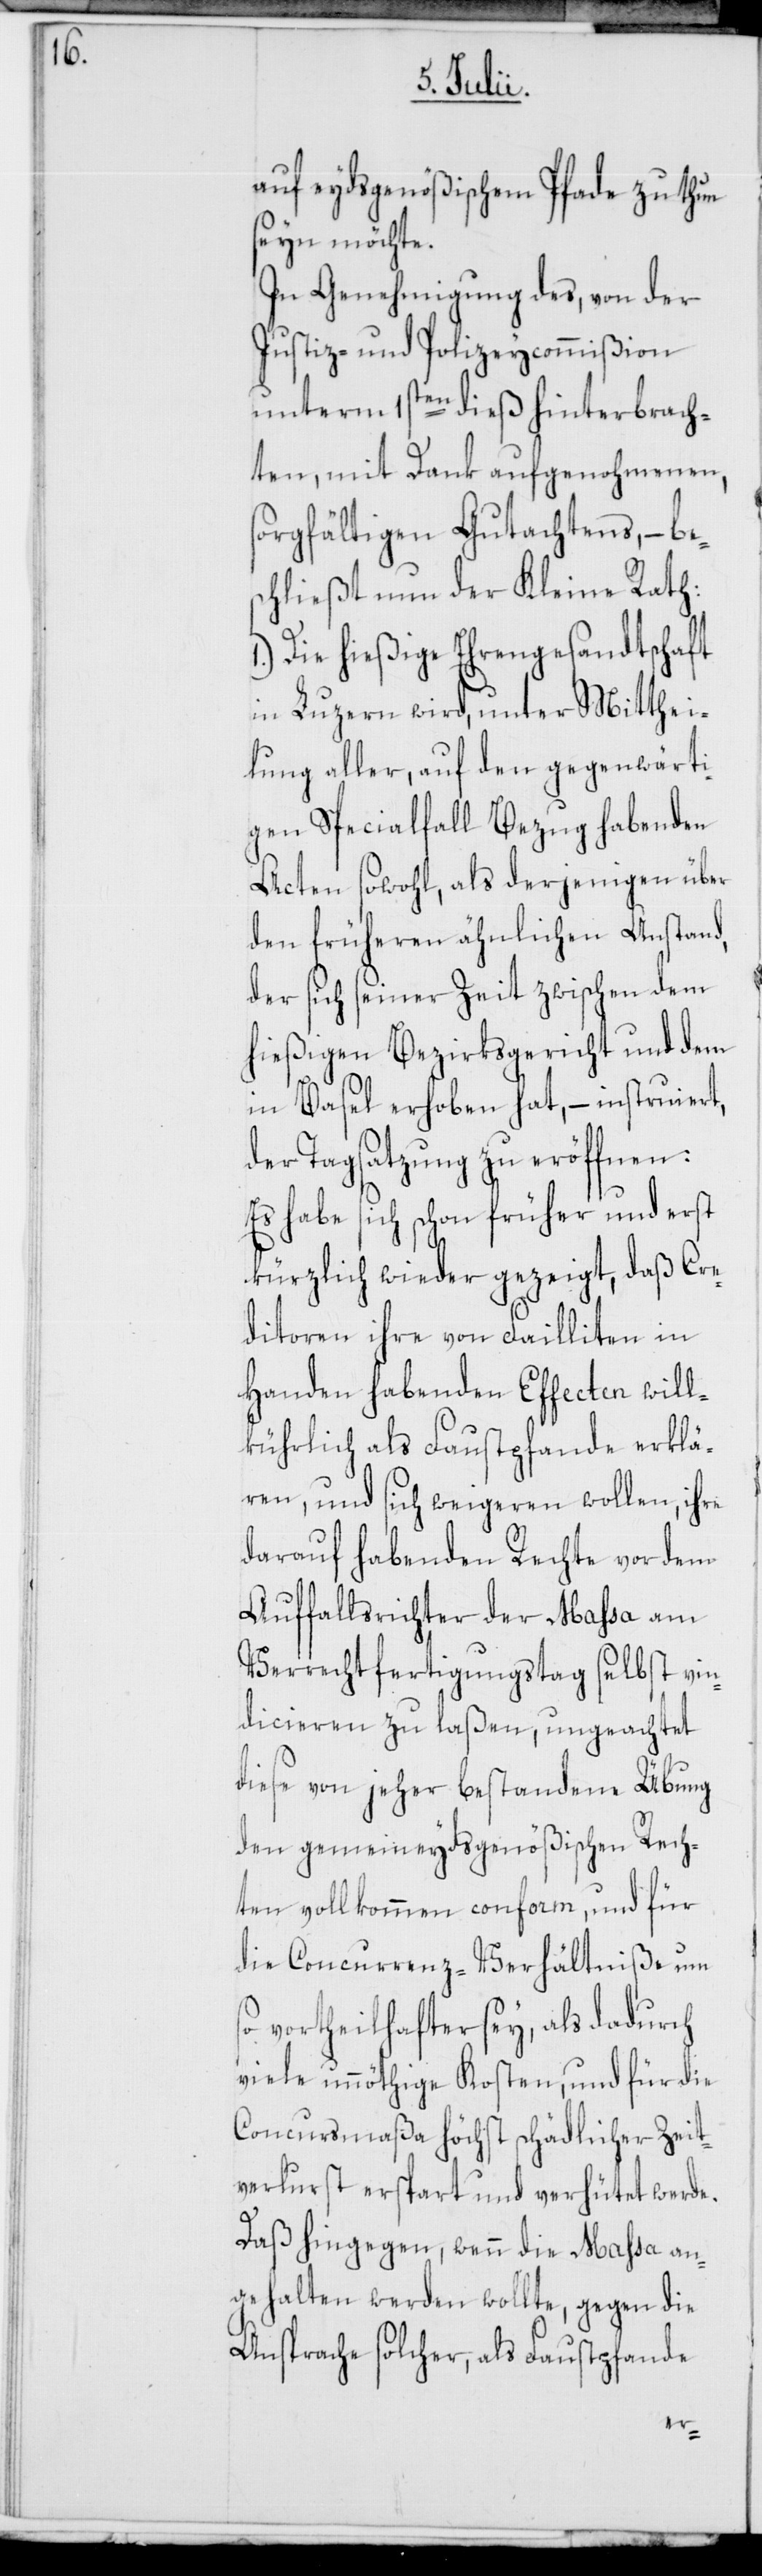
auf eydsgenößischem Pfade zu thun
seyn möchte.
In Genehmigung des, von der
Justiz- und Polizeycommißion
unterm 1sten dieß hinterbrach¬
ten, mit Dank aufgenohmenen,
sorgfältigen Gutachtens, – bes¬
chließt nun der Kleine Rath:
Die hießige Ehrengesandtschaft
in Luzern wird, unter Mitthei¬
lung aller, auf den gegenwärti¬
gen Specialfall Bezug habenden
Acten sowohl, als derjenigen über
den früheren ähnlichen Anstand,
der sich seiner Zeit zwischen dem
hießigen Bezirksgericht und dem
in Basel erhoben hat, – instruiert,
der Tagsatzung zu eröffnen:
Es habe sich schon früher und erst
kürzlich wieder gezeigt, daß Cre¬
ditoren ihre von Failliten in
Handen habenden Effecten will¬
kührlich als Faustpfande erklä¬
ren, und sich weigeren wollen, ihre
darauf habenden Rechte vor dem
Auffallsrichter der Massa am
Verrechtfertigungstag selbst vin¬
dicieren zu laßen, ungeachtet
diese von jeher bestandene Übung
den gemeineydsgenößischen Rech¬
ten vollkommen conform, und für
die Concurrenz-Verhältniße um
vortheilhafter sey, als dadurch
viele unnöthige Kosten, und für die
Concursmaßa höchst schädlicher Zeit¬
verlurst erspart und verhütet werde.
Daß hingegen, wenn die Massa an¬
gehalten werden wollte, gegen die
Ansprache solcher, als Faustpfande